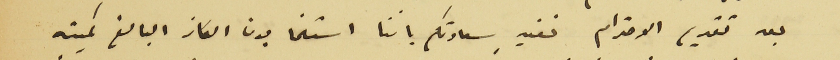
بعد تقديم الاحترام نفيد سعادتكم باننا استلمنا الكاز البالغ كميته